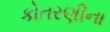
કોતરણીના